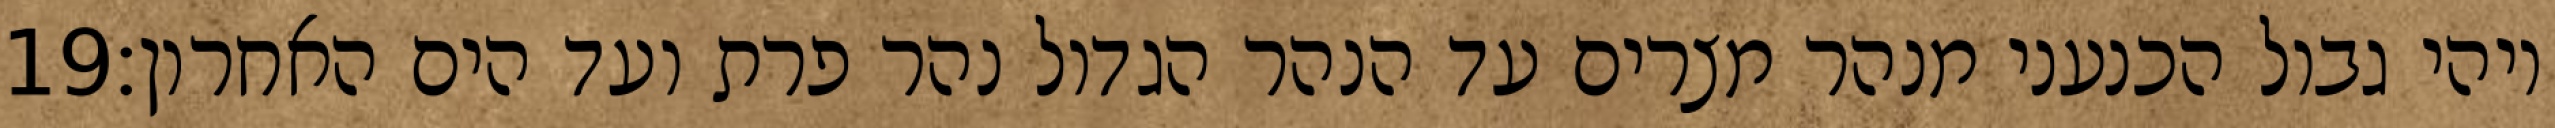
‎19‏ ויהי גבול הכנעני מנהר מצרים עד הנהר הגדול נהר פרת ועד הים האחרון׃